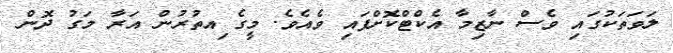
ލަވަތަކުގައި ވެސް ނާޒިމާ އެކްޓްކޮށްފައި ވެއެވެ. މީގެ ިއތުރުން އަރާ މަގު ދޮން